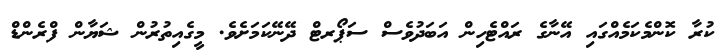
ކުރާ ކޮންމެކަމެއްގައި އޭނާގެ ރައްޓެހިން އަބަދުވެސް ސަޕޯރޓް ދޭނޭކަމަށެވެ. މީގެއިތުރުން ޝަޔާން ފްރެންޑް